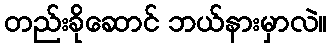
တည်းခိုဆောင် ဘယ်နားမှာလဲ။